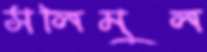
সলিমুল